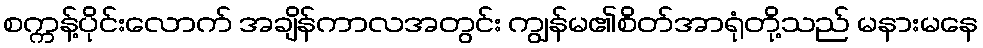
စက္ကန့်ပိုင်းလောက် အချိန်ကာလအတွင်း ကျွန်မ၏စိတ်အာရုံတို့သည် မနားမနေ